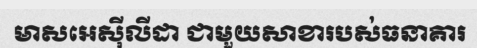
មាសអេស៊ីលីដា ជាមួយសាខារបស់ធនាគារ